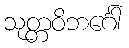
သုတ္တဝိဘင်္ဂေါ